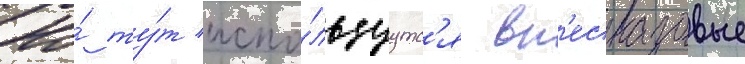
Но́ ту́т испо́льзуутс'я вн'есказовые